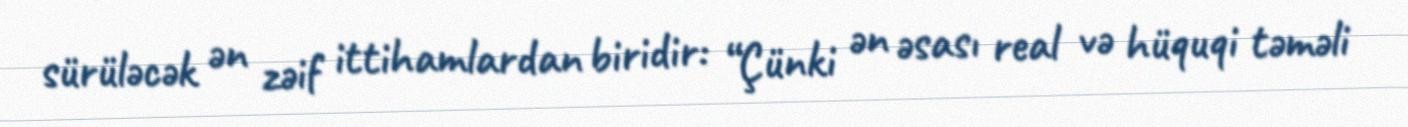
sürüləcək ən zəif ittihamlardan biridir: “Çünki ən əsası real və hüquqi təməli